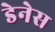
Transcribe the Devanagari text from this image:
डेनेस